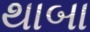
થાબા